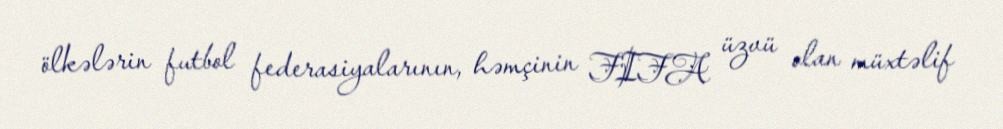
ölkələrin futbol federasiyalarının, həmçinin FIFA üzvü olan müxtəlif